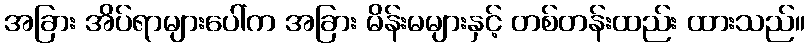
အခြား အိပ်ရာများပေါ်က အခြား မိန်းမများနှင့် တစ်တန်းထည်း ထားသည်။